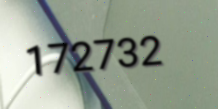
172732